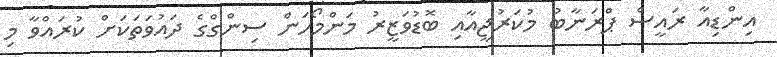
އިންޑިއާ ރައީސް ޕްރަނާބު މުކަރުޖީއާއި ބޮޑުވަޒީރު މަންމޯހަން ސިންގްގެ ދައުވަތަކަށް ކުރައްވާ މި